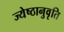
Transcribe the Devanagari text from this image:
ज्येष्ठानुवृति